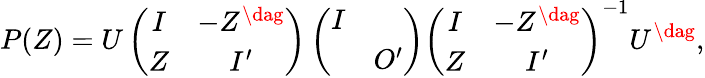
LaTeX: P(Z)=U\left(\begin{array}{cc}{{I}}&{{-Z^{\dag}}}\\ {{Z}}&{{I^{\prime}}}\end{array}\right)\left(\begin{array}{cc}{{I}}&{{}}\\ {{}}&{{O^{\prime}}}\end{array}\right)\left(\begin{array}{cc}{{I}}&{{-Z^{\dag}}}\\ {{Z}}&{{I^{\prime}}}\end{array}\right)^{-1}U^{\dag},